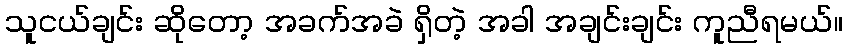
သူငယ်ချင်း ဆိုတော့ အခက်အခဲ ရှိတဲ့ အခါ အချင်းချင်း ကူညီရမယ်။